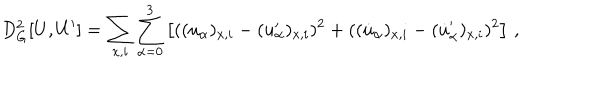
D _ { \mathrm { G } } ^ { 2 } [ U , U ^ { \prime } ] = \sum _ { x , i } \sum _ { \alpha = 0 } ^ { 3 } \left[ ( ( u _ { \alpha } ) _ { x , i } - ( u _ { \alpha } ^ { \prime } ) _ { x , i } ) ^ { 2 } + ( ( \dot { u } _ { \alpha } ) _ { x , i } - ( \dot { u } _ { \alpha } ^ { \prime } ) _ { x , i } ) ^ { 2 } \right] \, ,